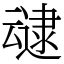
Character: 叇